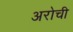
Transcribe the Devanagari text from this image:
अरोची